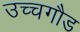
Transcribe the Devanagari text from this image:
उच्चगौड